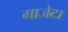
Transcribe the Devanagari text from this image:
गाजेटा